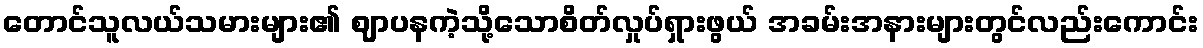
တောင်သူလယ်သမားများ၏ ဈာပနကဲ့သို့သောစိတ်လှုပ်ရှားဖွယ် အခမ်းအနားများတွင်လည်းကောင်း